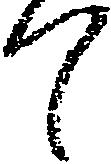
て